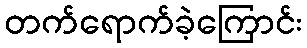
တက်ရောက်ခဲ့ကြောင်း